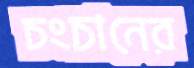
চংচানের